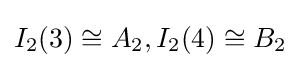
I_{2}(3)\cong A_{2},I_{2}(4)\cong B_{2}